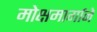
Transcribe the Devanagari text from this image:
मोक्षमार्गाने